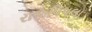
રાજપિપલા